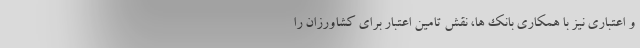
و اعتباری نیز با همکاری بانک ها، نقش تامین اعتبار برای کشاورزان را